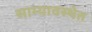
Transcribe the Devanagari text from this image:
साम्यावस्थेत